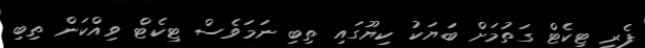
ފެރީ ޓިކެޓް ގަތުމަށް ބަޔަކު ކިޔޫގައި ތިބި ނަމަވެސް ޓިކެޓް ވިއްކަން ތިބި